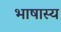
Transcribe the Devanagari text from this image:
भाषास्य